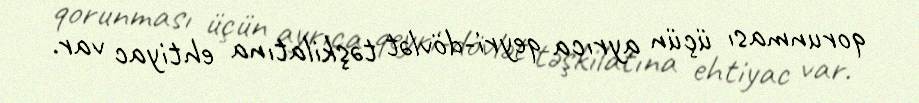
qorunması üçün ayrıca qeyri-dövlət təşkilatına ehtiyac var.